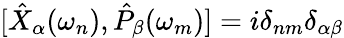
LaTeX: [\hat{X}_{\alpha}(\omega_{n}),\hat{P}_{\beta}(\omega_{m})]=i\delta_{nm}\delta_{\alpha\beta}